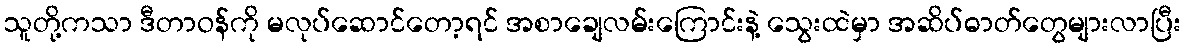
သူတို့ကသာ ဒီတာဝန်ကို မလုပ်ဆောင်တော့ရင် အစာချေလမ်းကြောင်းနဲ့ သွေးထဲမှာ အဆိပ်ဓာတ်တွေများလာပြီး